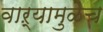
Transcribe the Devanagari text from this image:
वाऱ्यामुळेच